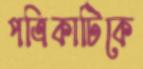
পত্রিকাটিকে